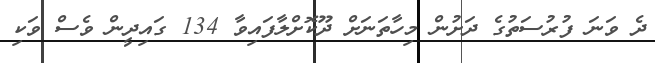
ދެ ވަނަ ފުރުސަތުގެ ދަށުން މިހާތަނަށް ދޫކޮށްލާފައިވާ 134 ގައިދީން ވެސް ވަކި